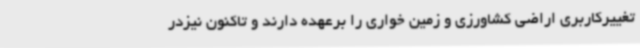
تغییرکاربری اراضی کشاورزی و زمین خواری را برعهده دارند و تاکنون نیزدر